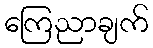
ကြေညာချက်